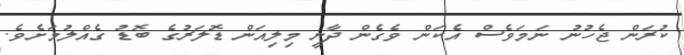
ކުރަން ޖެހުނު ނަމަވެސް އެކަން ވެގެން ދާނީ މިލިއަން ޑޮލަރުގެ ބޮޑު ގެއްލުމަށެވެ.